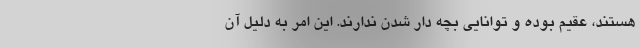
هستند، عقیم بوده و توانایی بچه دار شدن ندارند. این امر به دلیل آن